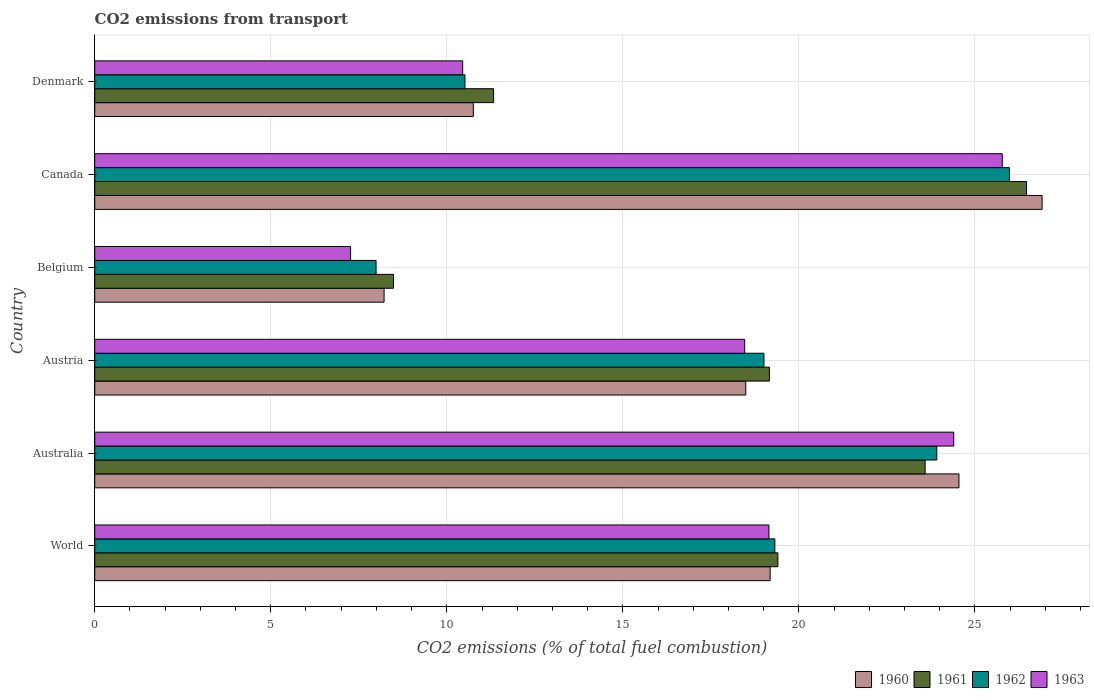
| Country | 1960 | 1961 | 1962 | 1963 |
 | --- | --- | --- | --- | --- |
 | World | 19.2 | 19.4 | 19.3 | 19.1 |
 | Australia | 24.5 | 23.6 | 23.9 | 24.4 |
 | Austria | 18.5 | 19.2 | 19 | 18.5 |
 | Belgium | 8.22 | 8.49 | 7.99 | 7.27 |
 | Canada | 26.9 | 26.5 | 26 | 25.8 |
 | Denmark | 10.8 | 11.3 | 10.5 | 10.5 |